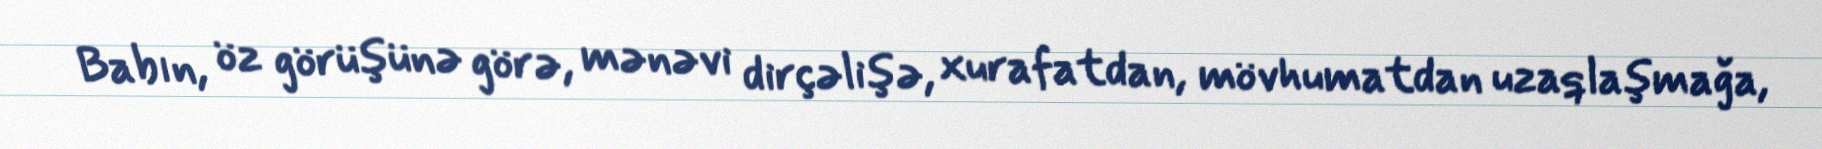
Babın, öz görüşünə görə, mənəvi dirçəlişə, xurafatdan, mövhumatdan uzaqlaşmağa,